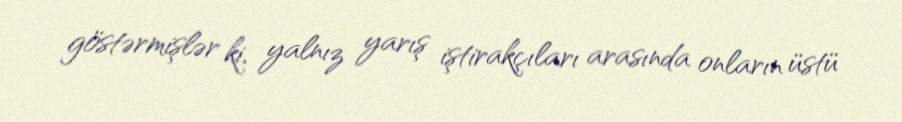
göstərmişlər ki, yalnız yarış iştirakçıları arasında onların üstü